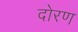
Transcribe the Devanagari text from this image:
दोरण